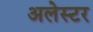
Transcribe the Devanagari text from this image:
अलेस्टर